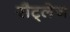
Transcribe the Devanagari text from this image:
रौट्लेज